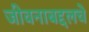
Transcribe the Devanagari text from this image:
जीवनाबद्दलचे